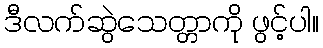
ဒီလက်ဆွဲသေတ္တာကို ဖွင့်ပါ။